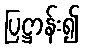
ပြဋ္ဌာန်း၍